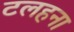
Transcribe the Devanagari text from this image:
टलहना